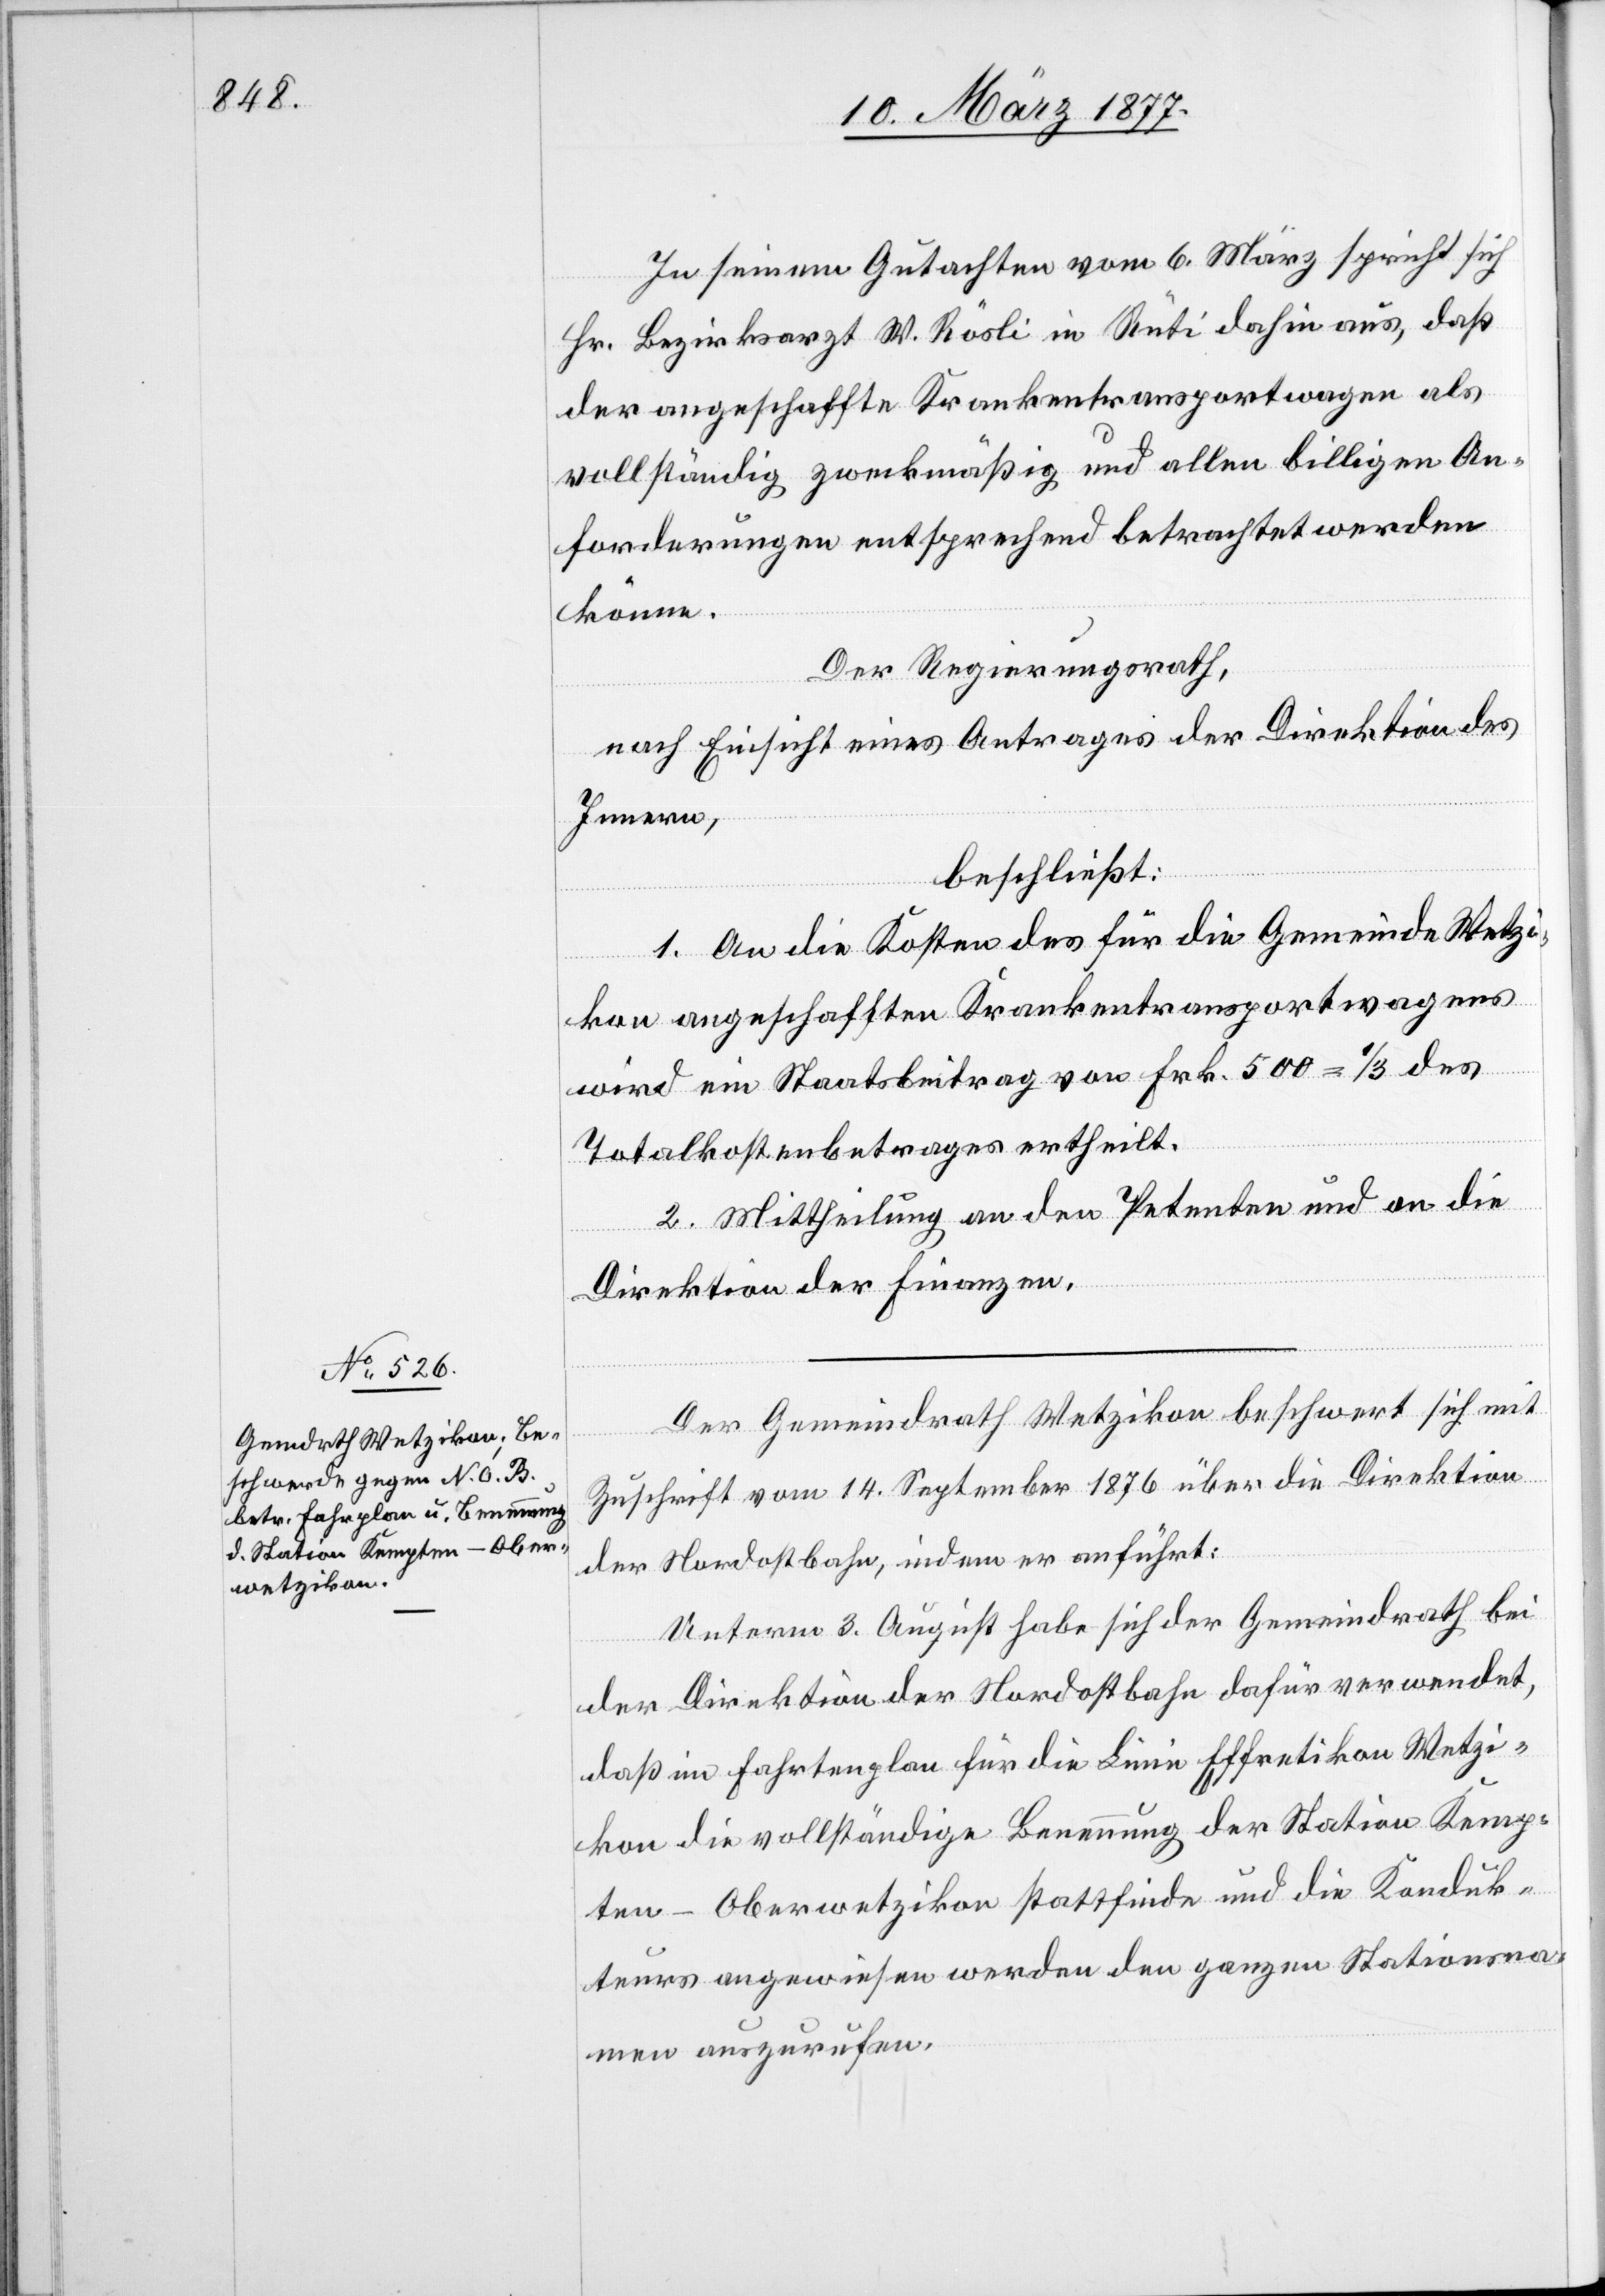
In seinem Gutachten vom 6. März spricht sich
Hr. Bezirksarzt W. Rösli in Rüti dahin aus, daß
der angeschaffte Krankentransportwagen als
vollständig zweckmäßig und allen billigen An¬
forderungen entsprechend betrachtet werden
könne.
Der Regierungsrath,
nach Einsicht eines Antrages der Direktion des
Innern,
beschließt:
1. An die Kosten des für die Gemeinde Wetzi¬
kon angeschafften Krankentransportwagens
wird ein Staatsbeitrag von Frk. 500 = 1/3 des
Totalkostenbetrages ertheilt.
2. Mittheilung an den Petenten und an die
Direktion der Finanzen.
Der Gemeindrath Wetzikon beschwert sich mit
Zuschrift vom 14. September 1876 über die Direktion
der Nordostbahn, indem er anführt:
Unterm 3. August habe sich der Gemeindrath bei
der Direktion der Nordostbahn dafür verwendet,
daß im Fahrtenplan für die Linie Effretikon[–]Wetzi¬
kon die vollständige Benennung der Station Kemp¬
ten-Oberwetzikon stattfinde und die Konduk¬
teurs angewiesen werden den ganzen Stationsna¬
men auszurufen.